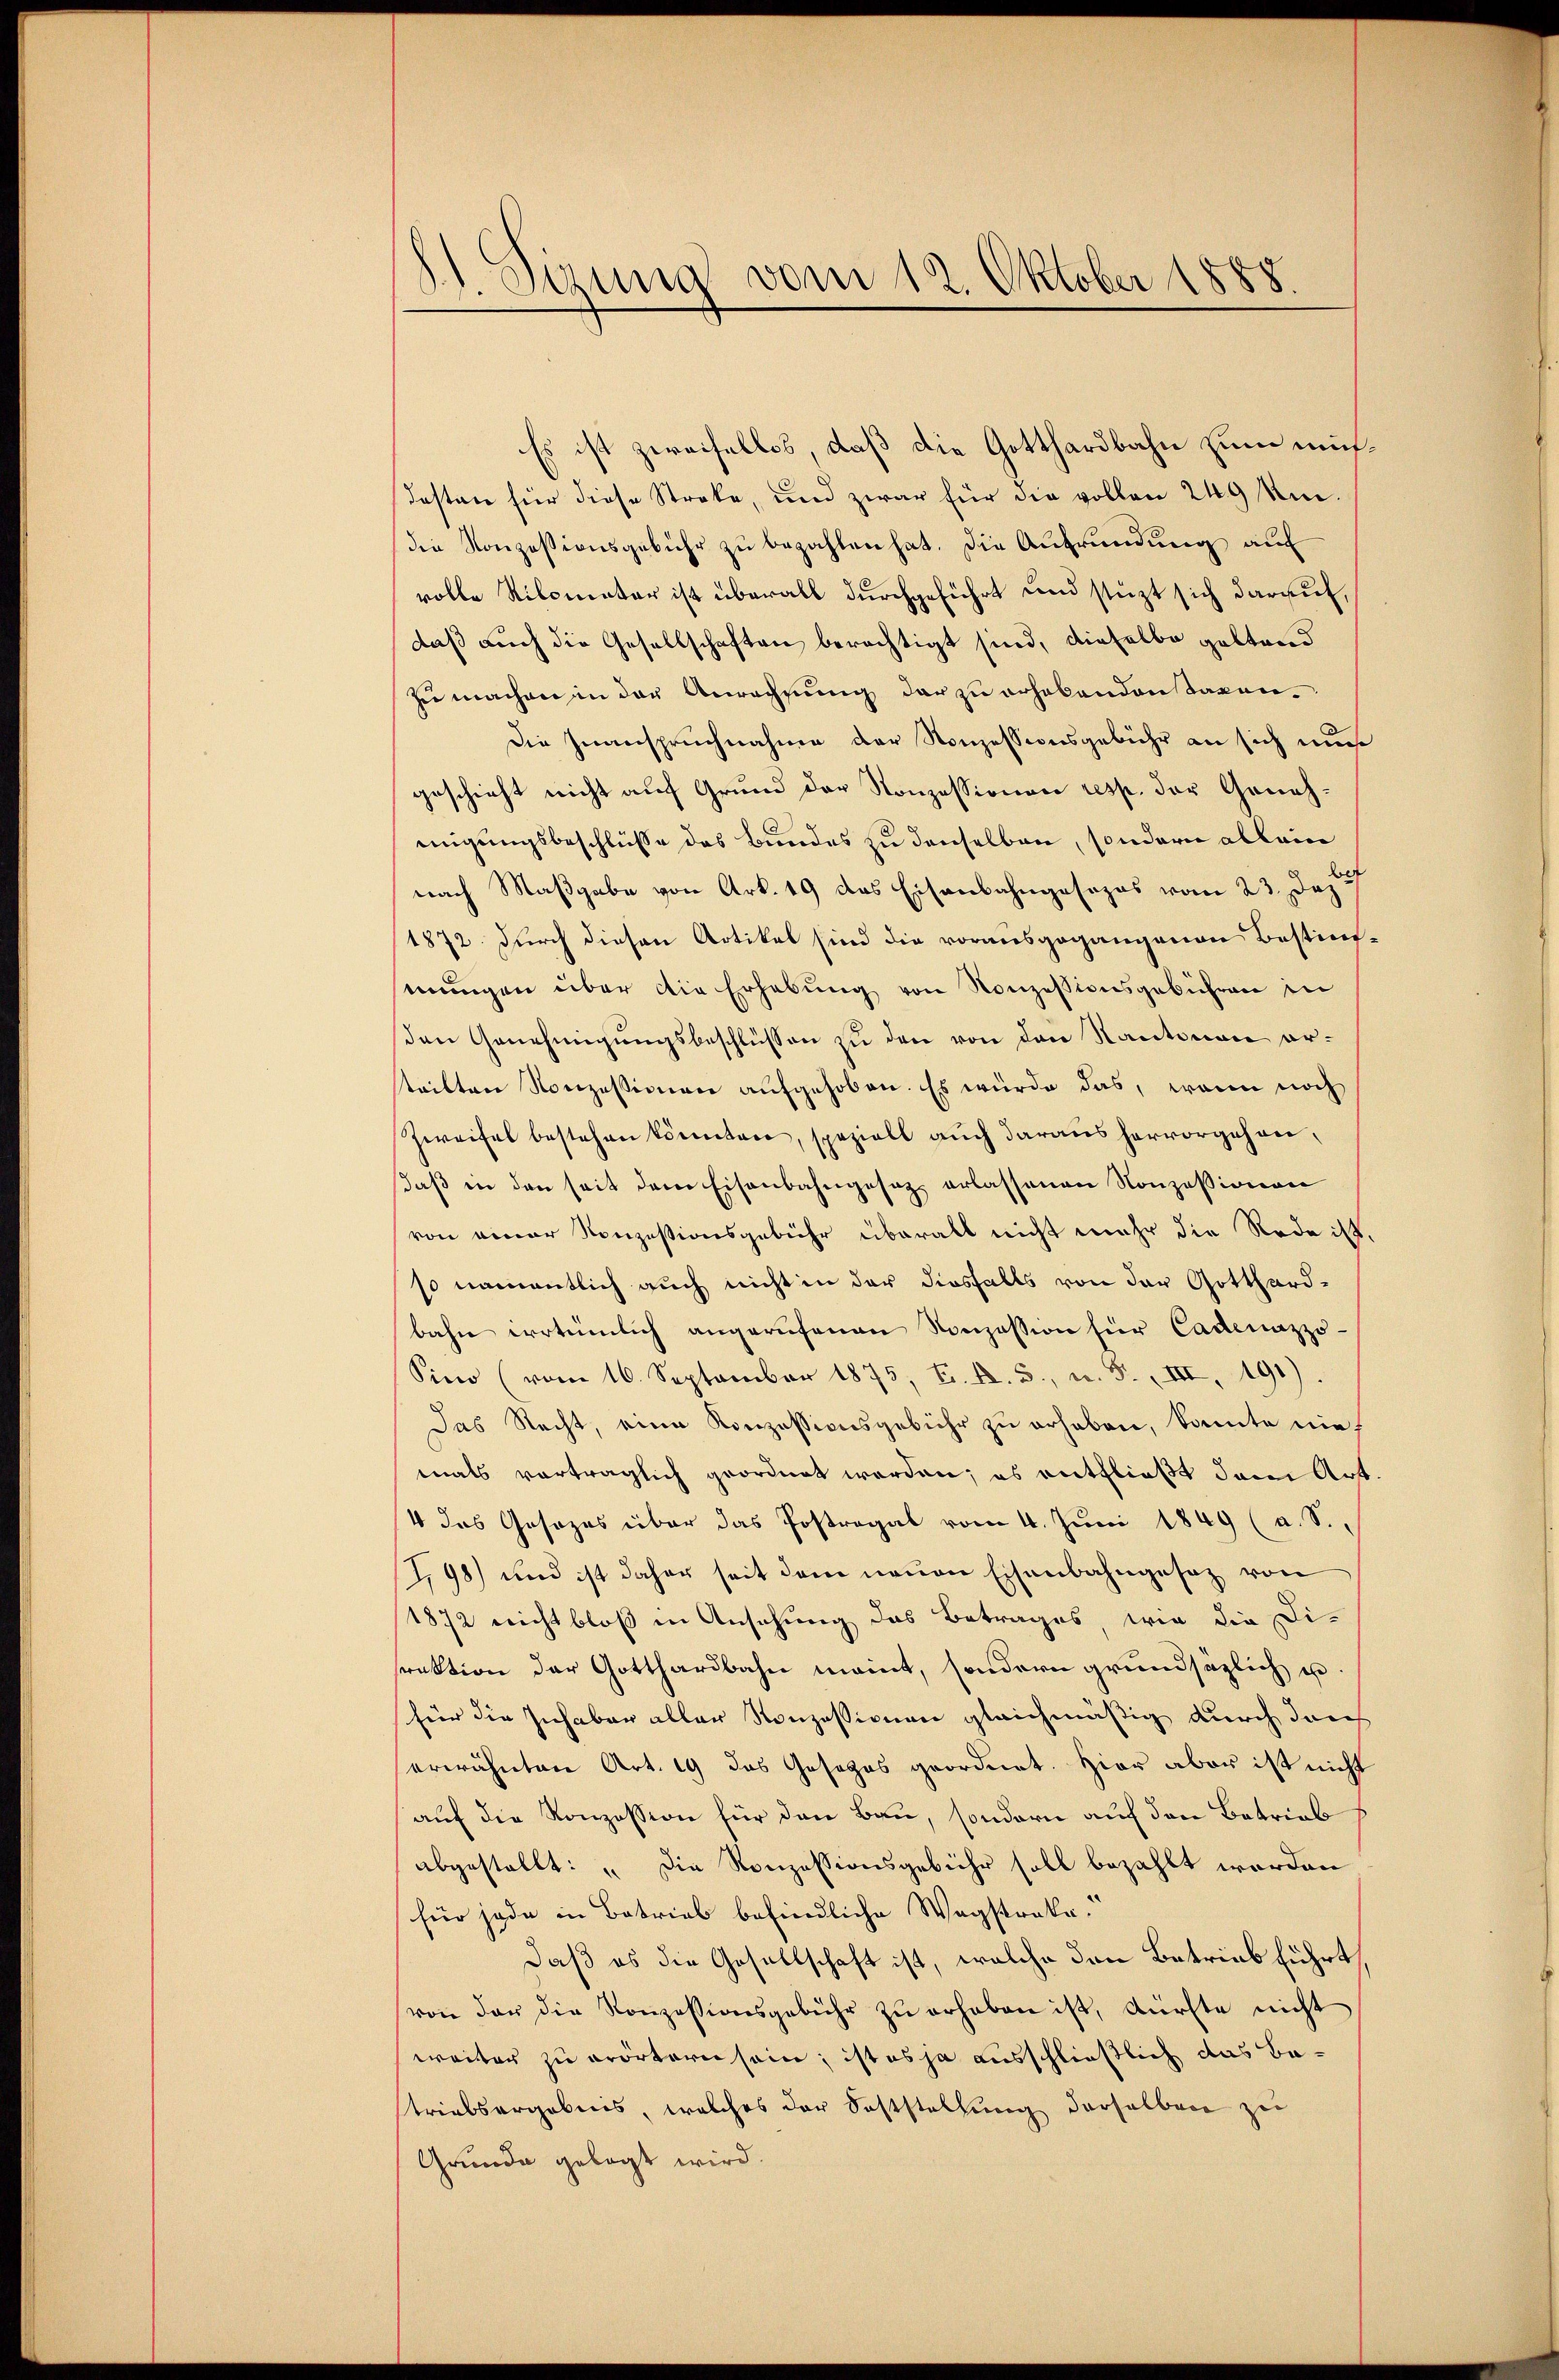
S Sizung vom 12. Oktober 1888

Es ist zweifellos, daß die Gotthardbahn zum müsdesten für diese Streke, und zwar für die vollen 249 Um-
die Konzessionsgebühr zu bezahlen hat. Die Aufründung auf
volle Silometer ist überall durchgeführt und stüzt sich darauf,
daß auch die Gesellschaften berechtigt sind, dieselbe geltend
zu machen in der Anrechnung der zu erhabenden Tagen.
Die Inanspruchnahme der Konzessionsgebühr an sich nun
geschieht nicht auf Grund der Konzessionen resp. der Genehmigungsbeschlüsse des Bundes zu denselben, sondern allein
nach Maßgabe von Art. 49 das Eisenbahngesezes vom 23. Dez.
1872 durch diesen Artikel sind die vorausgegangenen Bestimmungen über die Erhebung von Konzessionsgebühren in
den Genehmigungsbeschlüssen zu den von den Kantonen orteilten Konzessionen aufgehoben. Es würde das, wenn noch
Zweifel bestehen könnten, speziell auch daraus hervorgehendaß in den seit dem Eisenbahngesetz erlassenen Konzessionen
von einer Konzessionsgebühr überall nicht mehr die Rede ist.
so namentlich auch nicht in der diesfalls von der Gotthardbahn irrtümlich angerufenen Konzession für Cadenazzo-
Sino (vom 16. September 1875, Fr. f. 5, u. F. III 491).
Das Recht, eine Konzessionsgebühr zu erhaben, konnte nie
mals vorträglich geordnet werden; es entfließt dem Art.
4 das Gesezes über das Postregal vom 4. Juni 1849 (a. S.
J,98) und ist daher seit dem neuen Eisenbahngesetz von
1872 nicht bloß in Ansehung das Betrages, wie die Di-
rektion der Gotthardbahn meint, sondern grundsätzlich u.
für die Inhaber aller Konzessionen gleichmäßig durch darch
erwähnten Art. 19 das Gesezes geordnet. Hier aber ist nicht
auf die Konzession für den Bau, sondern auf den Betrieb
abgestellt: „Die Ronzessionsgebühr soll bezahlt worden
für jede in Betrieb befindliche Wegstrakedaß es die Gesellschaft ist, welche den Betrieb führt
von der die Konzessionsgebühr zŭ erhaben ist, dürfte nicht
weiter zu erörtern sein, ist es ja ausschließlich das Batriebsergebnis, welches der Soststellung derselben zu
Grunde gelegt wird.